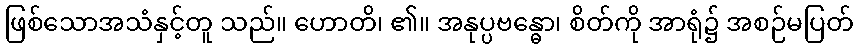
ဖြစ်သောအသံနှင့်တူ သည်။ ဟောတိ၊ ၏။ အနုပ္ပဗန္ဓော၊ စိတ်ကို အာရုံ၌ အစဉ်မပြတ်